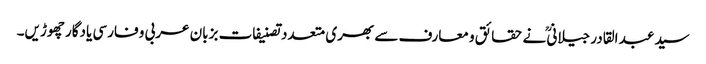
سید عبد القادر جیلانیؒ نے حقائق و معارف سے بھری متعدد تصنیفات بزبان عربی و فارسی یادگار چھوڑیں۔